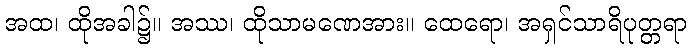
အထ၊ ထိုအခါ၌။ အဿ၊ ထိုသာမဏေအား။ ထေရော၊ အရှင်သာရိပုတ္တရာ